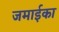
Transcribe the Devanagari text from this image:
जमाईका